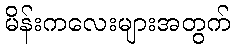
မိန်းကလေးများအတွက်